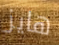
هايز